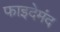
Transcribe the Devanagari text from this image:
फाइदेमंद